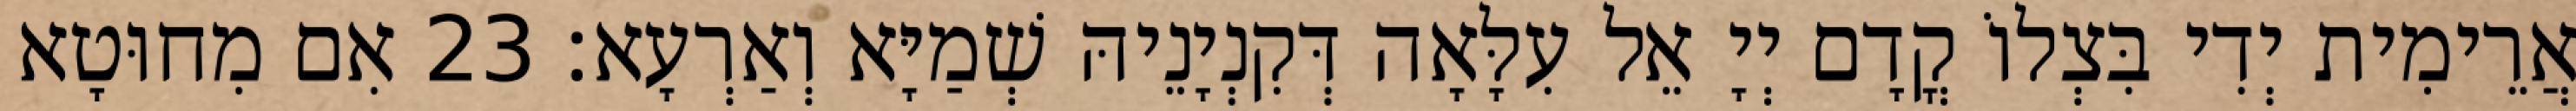
אֲרֵימִית יְדִי בִּצְלוֹ קֳדָם יְיָ אֵל עִלָּאָה דְּקִנְיָנֵיהּ שְׁמַיָּא וְאַרְעָא׃ 23 אִם מִחוּטָא